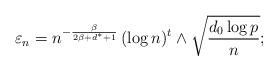
LaTeX: \begin{align*}\varepsilon_n=n^{-\frac{\beta}{2\beta + d^\ast+1}} \, (\log n)^t \wedge \sqrt{\frac{d_0 \log p}{n}};\end{align*}